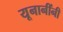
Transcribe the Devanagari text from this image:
यूनानींनी